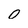
Character: 0